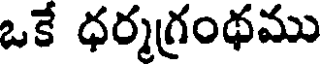
ఒకే ధర్మగ్రంథము